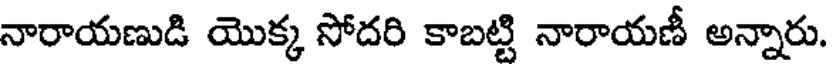
నారాయణుడి యొక్క సోదరి కాబట్టి నారాయణీ అన్నారు.